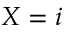
X = i